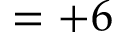
= + 6